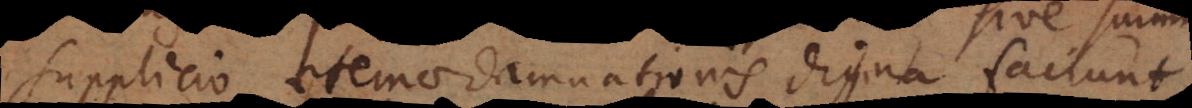
supplicio aeternae damnationis digna faciunt;